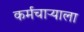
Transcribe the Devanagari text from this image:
कर्मचाऱ्याला